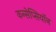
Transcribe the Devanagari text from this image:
कन्सेप्सियॉन